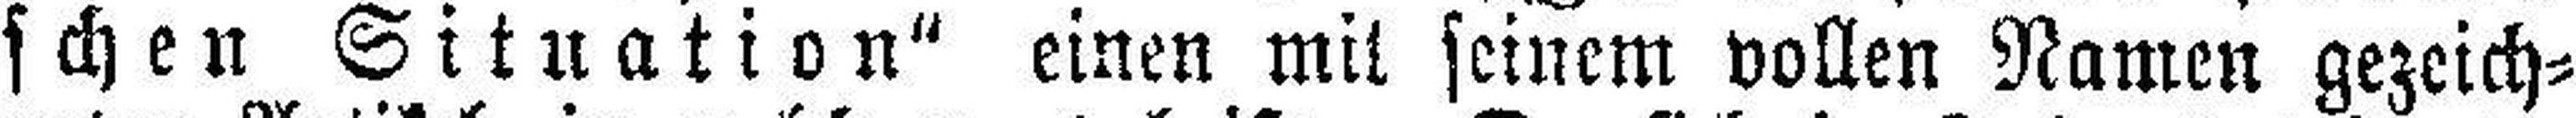
schen Situation“ einen mit seinem vollen Namen gezeich¬